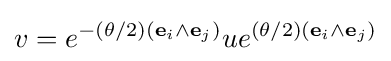
v=e^{-(\theta /2)(\mathbf {e} _{i}\wedge \mathbf {e} _{j})}ue^{(\theta /2)(\mathbf {e} _{i}\wedge \mathbf {e} _{j})}